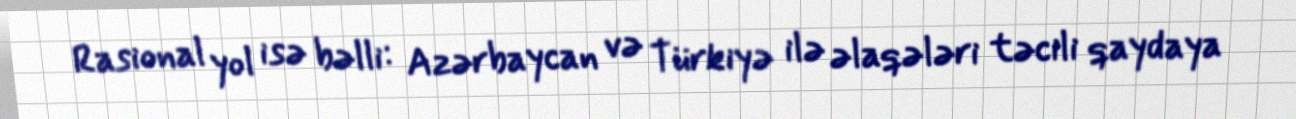
Rasional yol isə bəlli: Azərbaycan və Türkiyə ilə əlaqələri təcili qaydaya